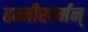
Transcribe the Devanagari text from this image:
हम्मीरवर्मन्